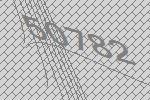
50782